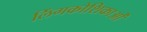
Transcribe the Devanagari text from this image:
लिंगकोशिकाओं